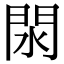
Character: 閖